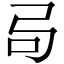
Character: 𫸧